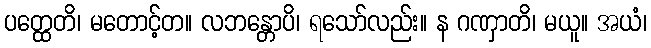
ပတ္ထေတိ၊ မတောင့်တ။ လဘန္တောပိ၊ ရသော်လည်း။ န ဂဏှာတိ၊ မယူ။ အယံ၊